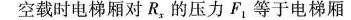
空载时电梯厢对R，的压力F，等于电梯厢